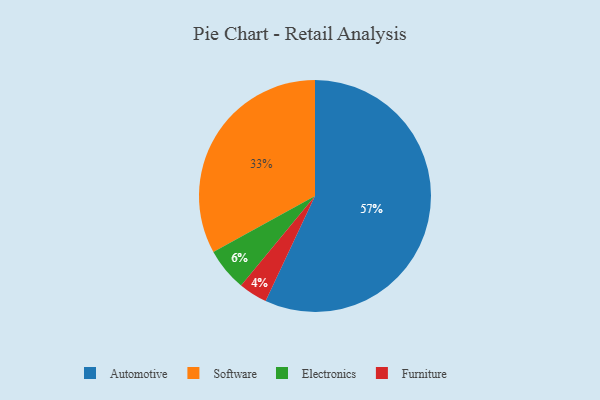
{"axis": {"x": "Category", "y": "Percentage"}, "legend": ["Automotive", "Electronics", "Furniture", "Software"], "data": [{"x": "Automotive", "y": 57, "type": "Automotive"}, {"x": "Electronics", "y": 6, "type": "Electronics"}, {"x": "Software", "y": 33, "type": "Software"}, {"x": "Furniture", "y": 4, "type": "Furniture"}]}